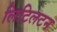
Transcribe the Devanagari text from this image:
लिटिलटन